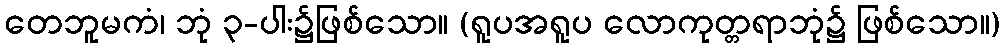
တေဘူမကံ၊ ဘုံ ၃-ပါး၌ဖြစ်သော။ (ရူပအရူပ လောကုတ္တရာဘုံ၌ ဖြစ်သော။)